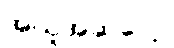
အယူအဆပေါ့။